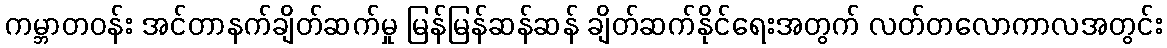
ကမ္ဘာတဝန်း အင်တာနက်ချိတ်ဆက်မှု မြန်မြန်ဆန်ဆန် ချိတ်ဆက်နိုင်ရေးအတွက် လတ်တလောကာလအတွင်း